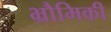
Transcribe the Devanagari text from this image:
भ्रौमिकी